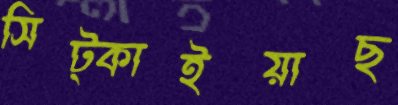
সিট্‌কাইয়াছ